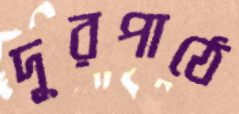
দূরপাঠে